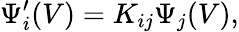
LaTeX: \Psi_{i}^{\prime}(V)=K_{ij}{\Psi}_{j}(V),